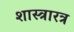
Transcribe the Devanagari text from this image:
शास्त्रारत्र